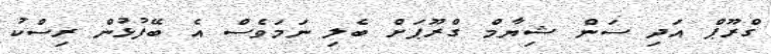
ގްރޫޕް އަދި ސަން ޝިޔާމް ގްރޫޕަށް ބެލި ނަމަވެސް އެ ބޭފުޅުން ރިސްކު